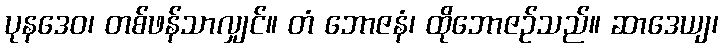
ပုနဒေဝ၊ တစ်ဖန်သာလျှင်။ တံ ဘောဇနံ၊ ထိုဘောဇဉ်သည်။ ဆာဒေယျ၊